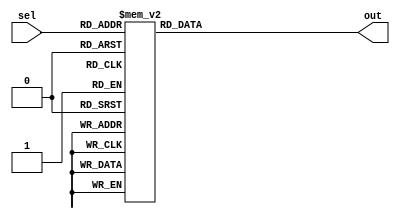
module parallel_case_statement (
    input wire [2:0] sel,
    output reg [3:0] out
);

always @*
begin
    case (sel)
        3'b000 : out = 4'b0000;
        3'b001 : out = 4'b0001;
        3'b010 : out = 4'b0010;
        3'b011 : out = 4'b0011;
        3'b100 : out = 4'b0100;
        3'b101 : out = 4'b0101;
        3'b110 : out = 4'b0110;
        3'b111 : out = 4'b0111;
        default : out = 4'b1111;
    endcase
end

endmodule